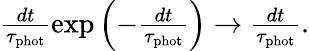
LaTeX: \begin{array}{r}{\frac{dt}{\tau_{\mathrm{phot}}}\exp\left(-\frac{dt}{\tau_{\mathrm{phot}}}\right)\rightarrow\frac{dt}{\tau_{\mathrm{phot}}}.}\end{array}